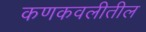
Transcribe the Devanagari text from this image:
कणकवलीतील